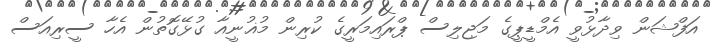
އަފްޝަން ވިދާޅުވީ އެމްޑީޕީގެ މަޖިލިސް ޕްރައިމަރީގެ ކުރިން މުޣުނީއާ ގުޅޭގޮތުން އެހާ ސީރިއަސް